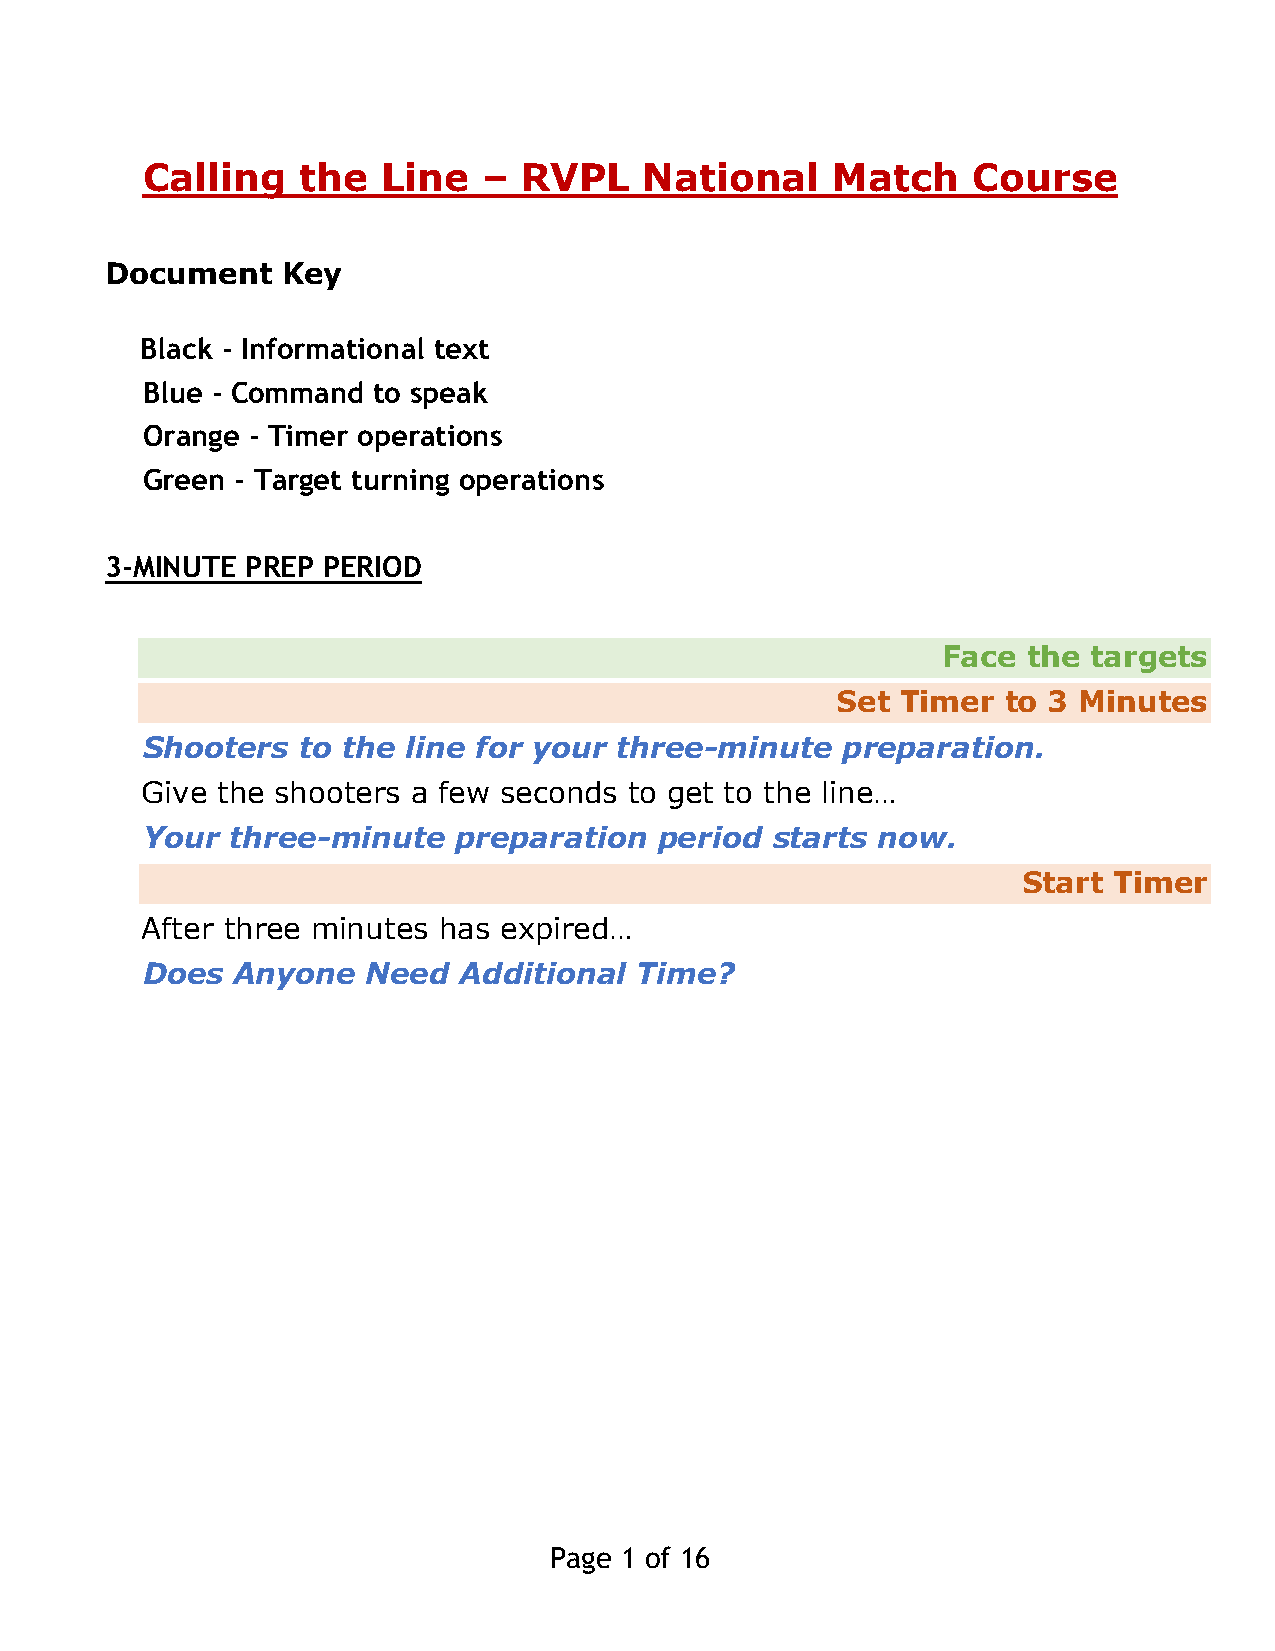
Calling    the  Line   –  RVPL    National    Match    Course
 Document    Key
 Black - Informational text
 Blue - Command  to speak
 Orange - Timer operations
 Green  - Target turning operations
 3-MINUTE PREP PERIOD
 Face  the targets
 Set  Timer  to 3 Minutes
 Shooters   to the line for your three-minute   preparation.
 Give the shooters a few seconds  to get to the line…
 Your  three-minute   preparation   period starts now.
 Start Timer
 After three minutes has expired…
 Does  Anyone   Need  Additional  Time?
 Page 1 of 16